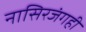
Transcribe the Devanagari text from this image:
नासिरजंगही